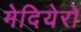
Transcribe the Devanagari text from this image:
मेदियेरो